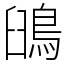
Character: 䳎